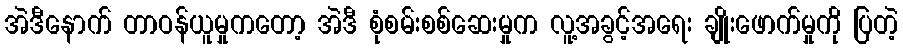
အဲဒီနောက် တာဝန်ယူမှုကတော့ အဲဒီ စုံစမ်းစစ်ဆေးမှုက လူ့အခွင့်အရေး ချိုးဖောက်မှုကို ပြတဲ့